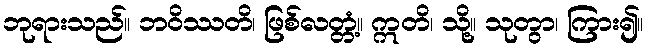
ဘုရားသည်။ ဘဝိဿတိ၊ ဖြစ်လတ္တံ့။ ဣတိ၊ သို့။ သုတွာ၊ ကြား၍။